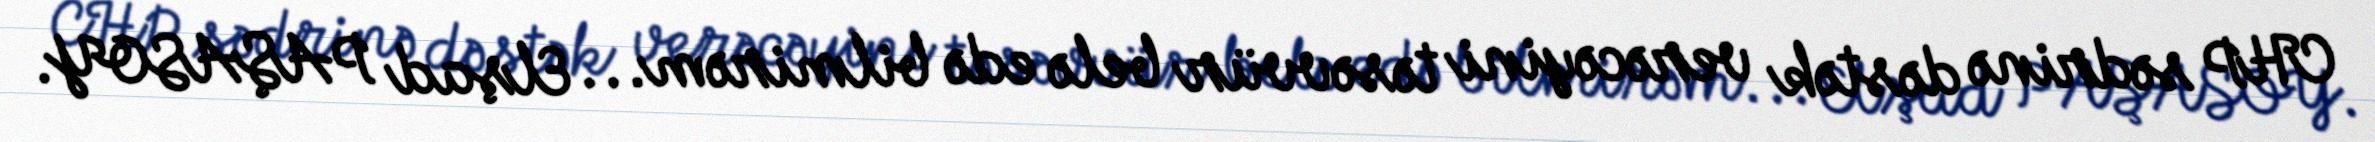
CHP sədrinə dəstək verəcəyini təsəvvür belə edə bilmirəm... Elşad PAŞASOY.